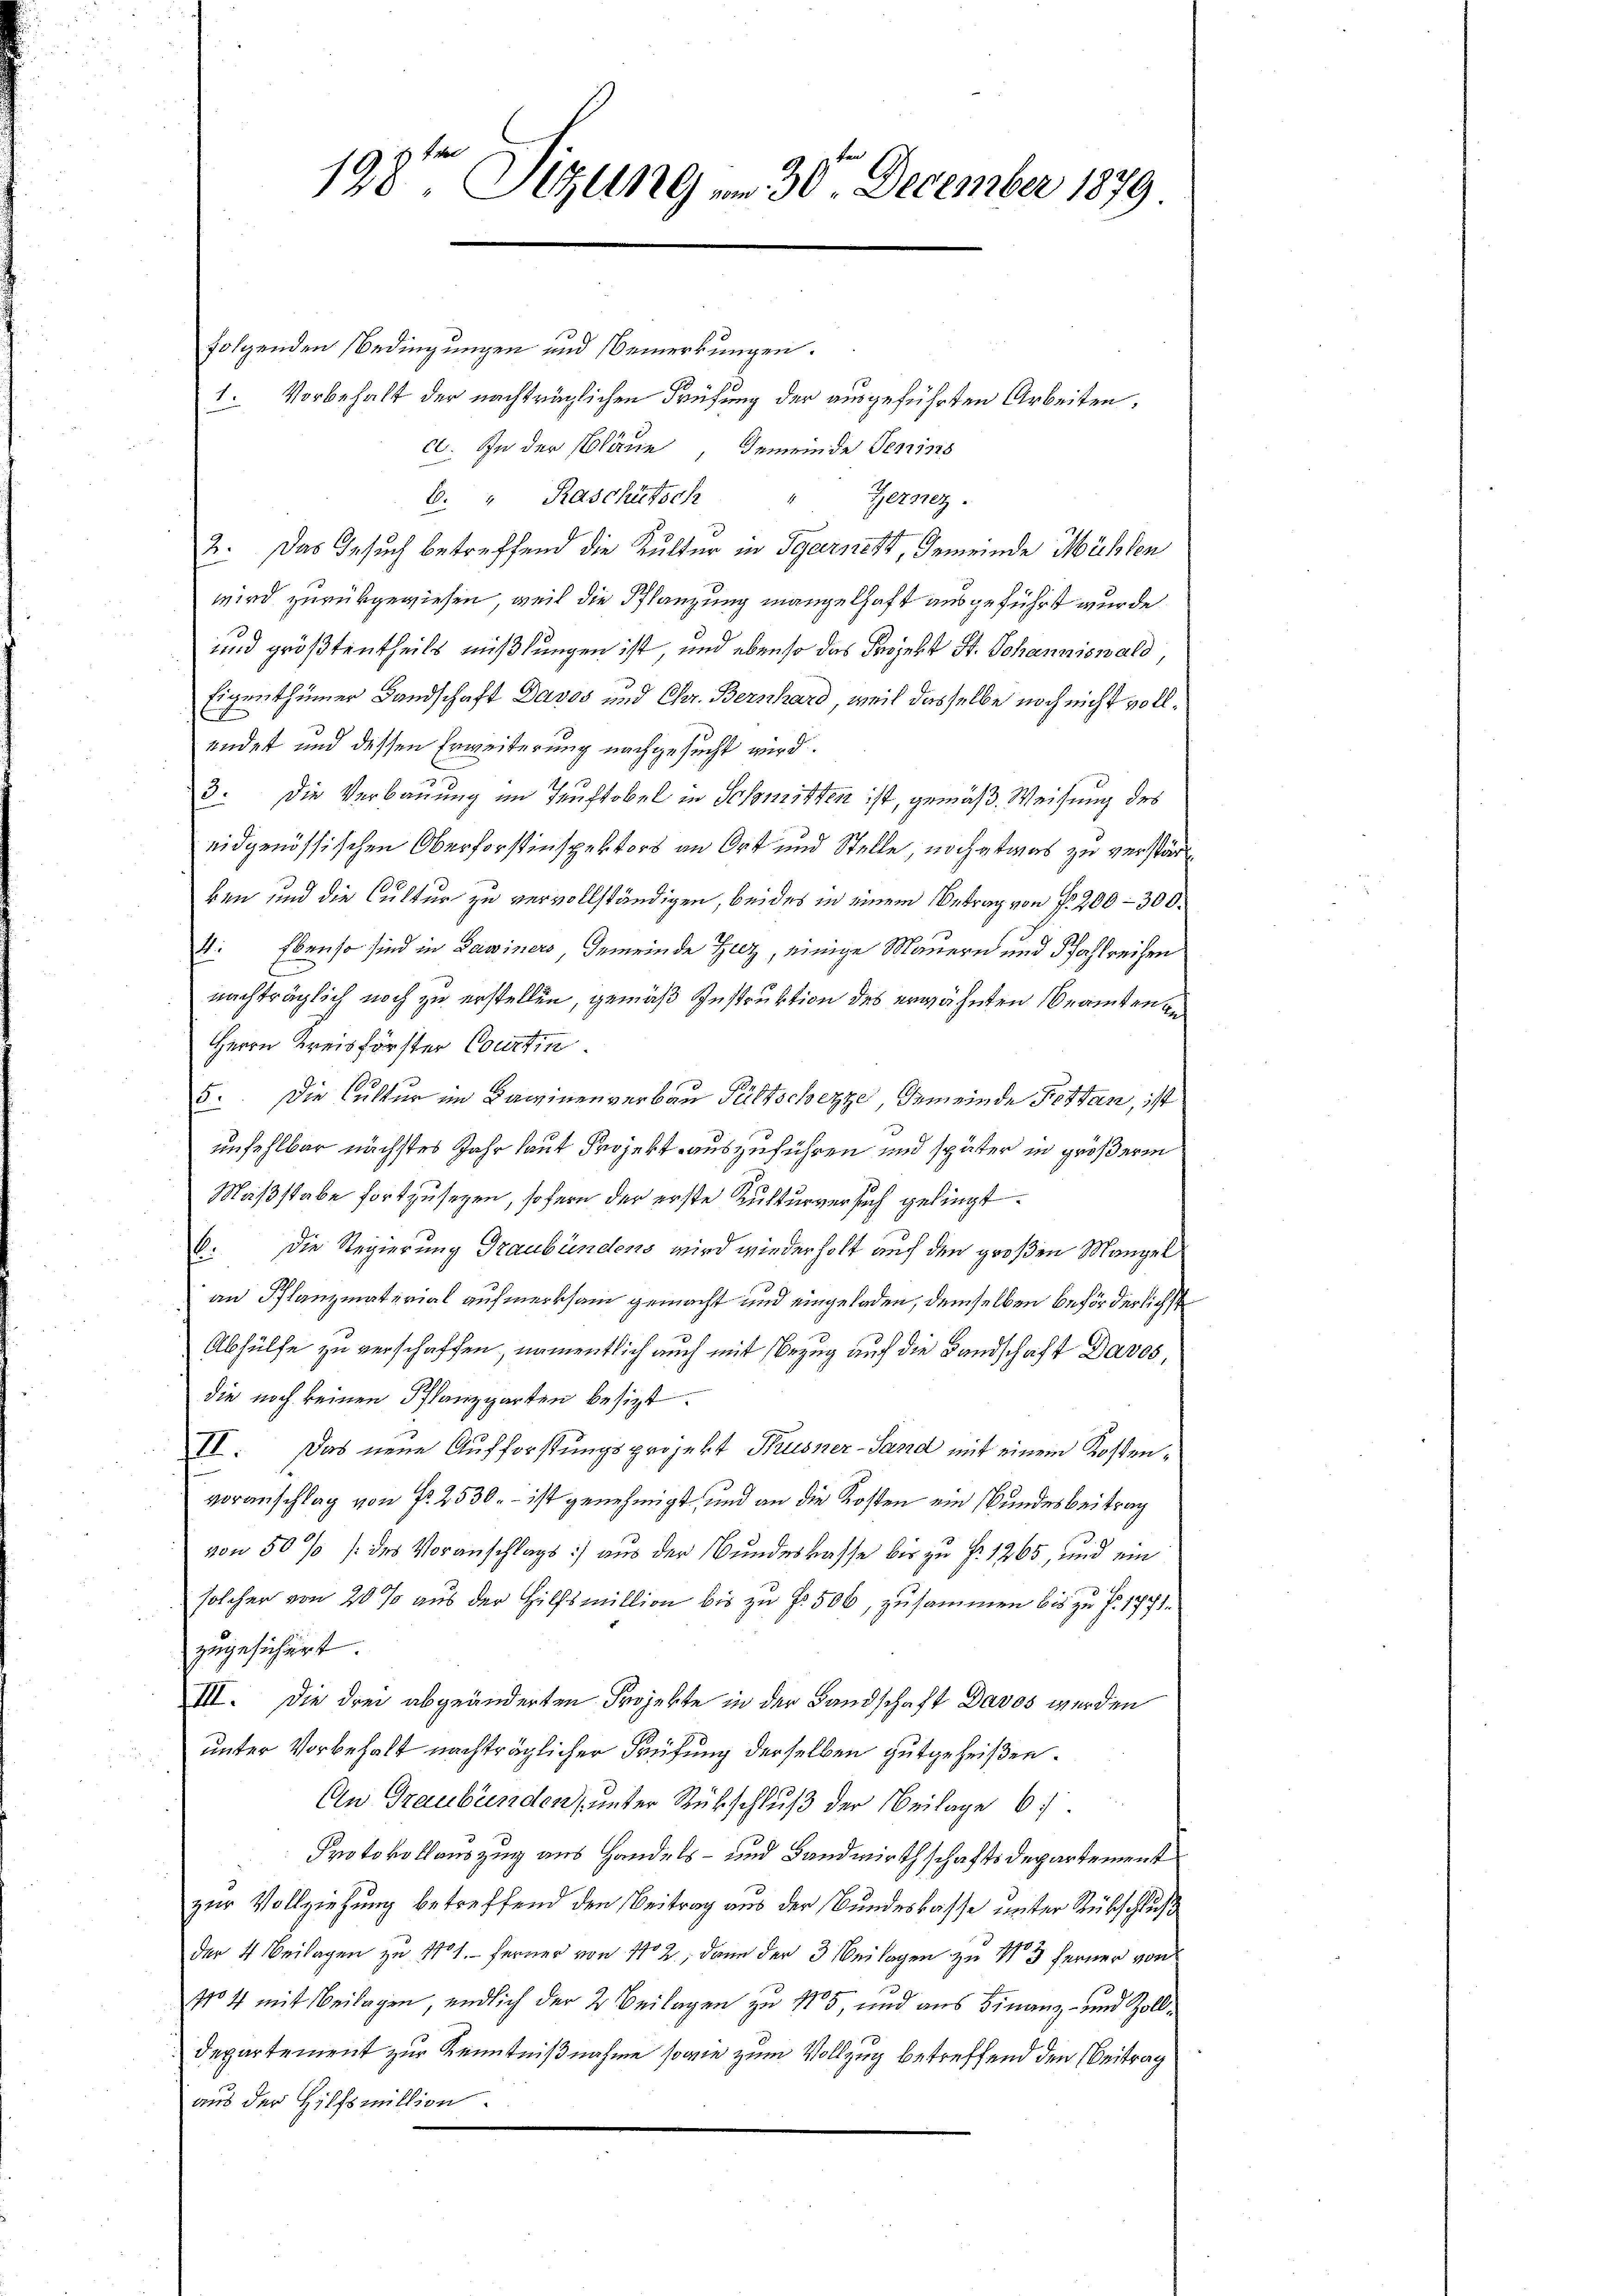
198ten Sizung vom 30. December 1879

folgenden Bedingungen und Bemerkungen.
I. Vorbehalt der nachträglichen Prüfung der ausgeführten Arbeiten.
c. In der Pläne, Gemeinde Jeniss
E. " Raschütsch " Gerner
2. Das Gesuch betreffend die Kulter in Sgarnekt, Gemeinde Mühlen
wird zurükgewiesen, weil die Pflanzung mangelhaft ausgeführt wurde.
und größtentheils mißlungen ist, und ebenso das Projekt St. Johanniswald,
Eigenthümer Landschaft Davos und Chr. Bernhard, weil dasselbe noch nicht vollendet und dessen Erweiterung nachgesucht wird.
3. Die Verbauung im Teuftobel in Schnitten ist, gemäß, Weisung des
eidgenössischen Oberforstinspektors an Ort und Stelle noch etwas zu verstärken und die Cultur zu vervollständigen, beides in einem Betrag von P. 200–300.
E. Ebenso sind in Dawiners, Gemeinde Herz, einige Mauern und Pfahlreichen
nachträglich noch zu erstellen, gemäß Instruktion des erwähnten Beamten an¬
Herrn Kreisförster Courtin
5. Die Cultur im Kaminenverbau Pultschezze, Gemeinde Pottan, ist
unfehlbar nächstes Jahr laut Projekt auszuführen und später in größeren
Maßstabe fortzusehen, sofern der erste Kulturversich gelingt.
b. Die Regierung Graubündens wird wiederholt auf den großen Mangel
an Pflanzmaterial aufmerksam gemacht und eingeladen, demselben beförderlichst
Abhülfe zu verschaffen, namentlich auch mit Bezug auf die Landschaft Davos,
die noch keinen Pflanzparten besitzt.
II. Das neue Aufforstungsprojekt Busser-Sand mit einem Kostenvoranschlag von Fr. 2530. – ist genehmigt, und an die Kosten ein Bundesbeitrag
von 50 % des Voranschlags :) aus der Bundeskasse bis zu Fr. 1265, und ein
solcher von 20 % aus der Hilfsmillion bis zu f. 506, zusammen bis zu f. 1771.
zugesichert.
III. Die drei abgeänderten Projekte in der Landschaft Davos werden
unter Vorbehalt nachträglicher Prüfung derselben gutgeheißen.
An Graubünden, unter Rückschluß der Beilage b
Protokollauszug aus Handels- und Landwirthschaftsdepartement
zur Vollziehung betreffend den Beitrag aus der Bundeskasse unter Rückschluß
der 4. Beilagen zu 11. Ferner von 112, dann der 3 Beilagen zu No 3 ferner von
1104 mit Beilagen, endlich der 2. Beilagen zu 15, und aus Finanz- und Zoll¬
Departement zur Kenntnißnahme sowie zum Vollzug betreffend den Beitrag
aus der Hilfsmillion